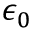
\epsilon _ { 0 }